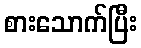
စားသောက်ပြီး